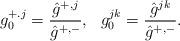
LaTeX: \begin{align*}g_0^{+.j}=\frac{\hat g^{+,j}}{\hat g^{+,-}},\ \ g_0^{jk}=\frac{\hat g^{jk}}{\hat g^{+,-}}.\end{align*}